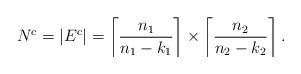
LaTeX: \begin{align*}N^c=|E^c|=\left\lceil \frac{n_1}{n_1-k_1} \right\rceil \times \left\lceil \frac{n_2}{n_2-k_2} \right\rceil.\end{align*}